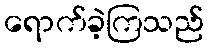
ရောက်ခဲ့ကြသည်